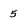
Character: 5